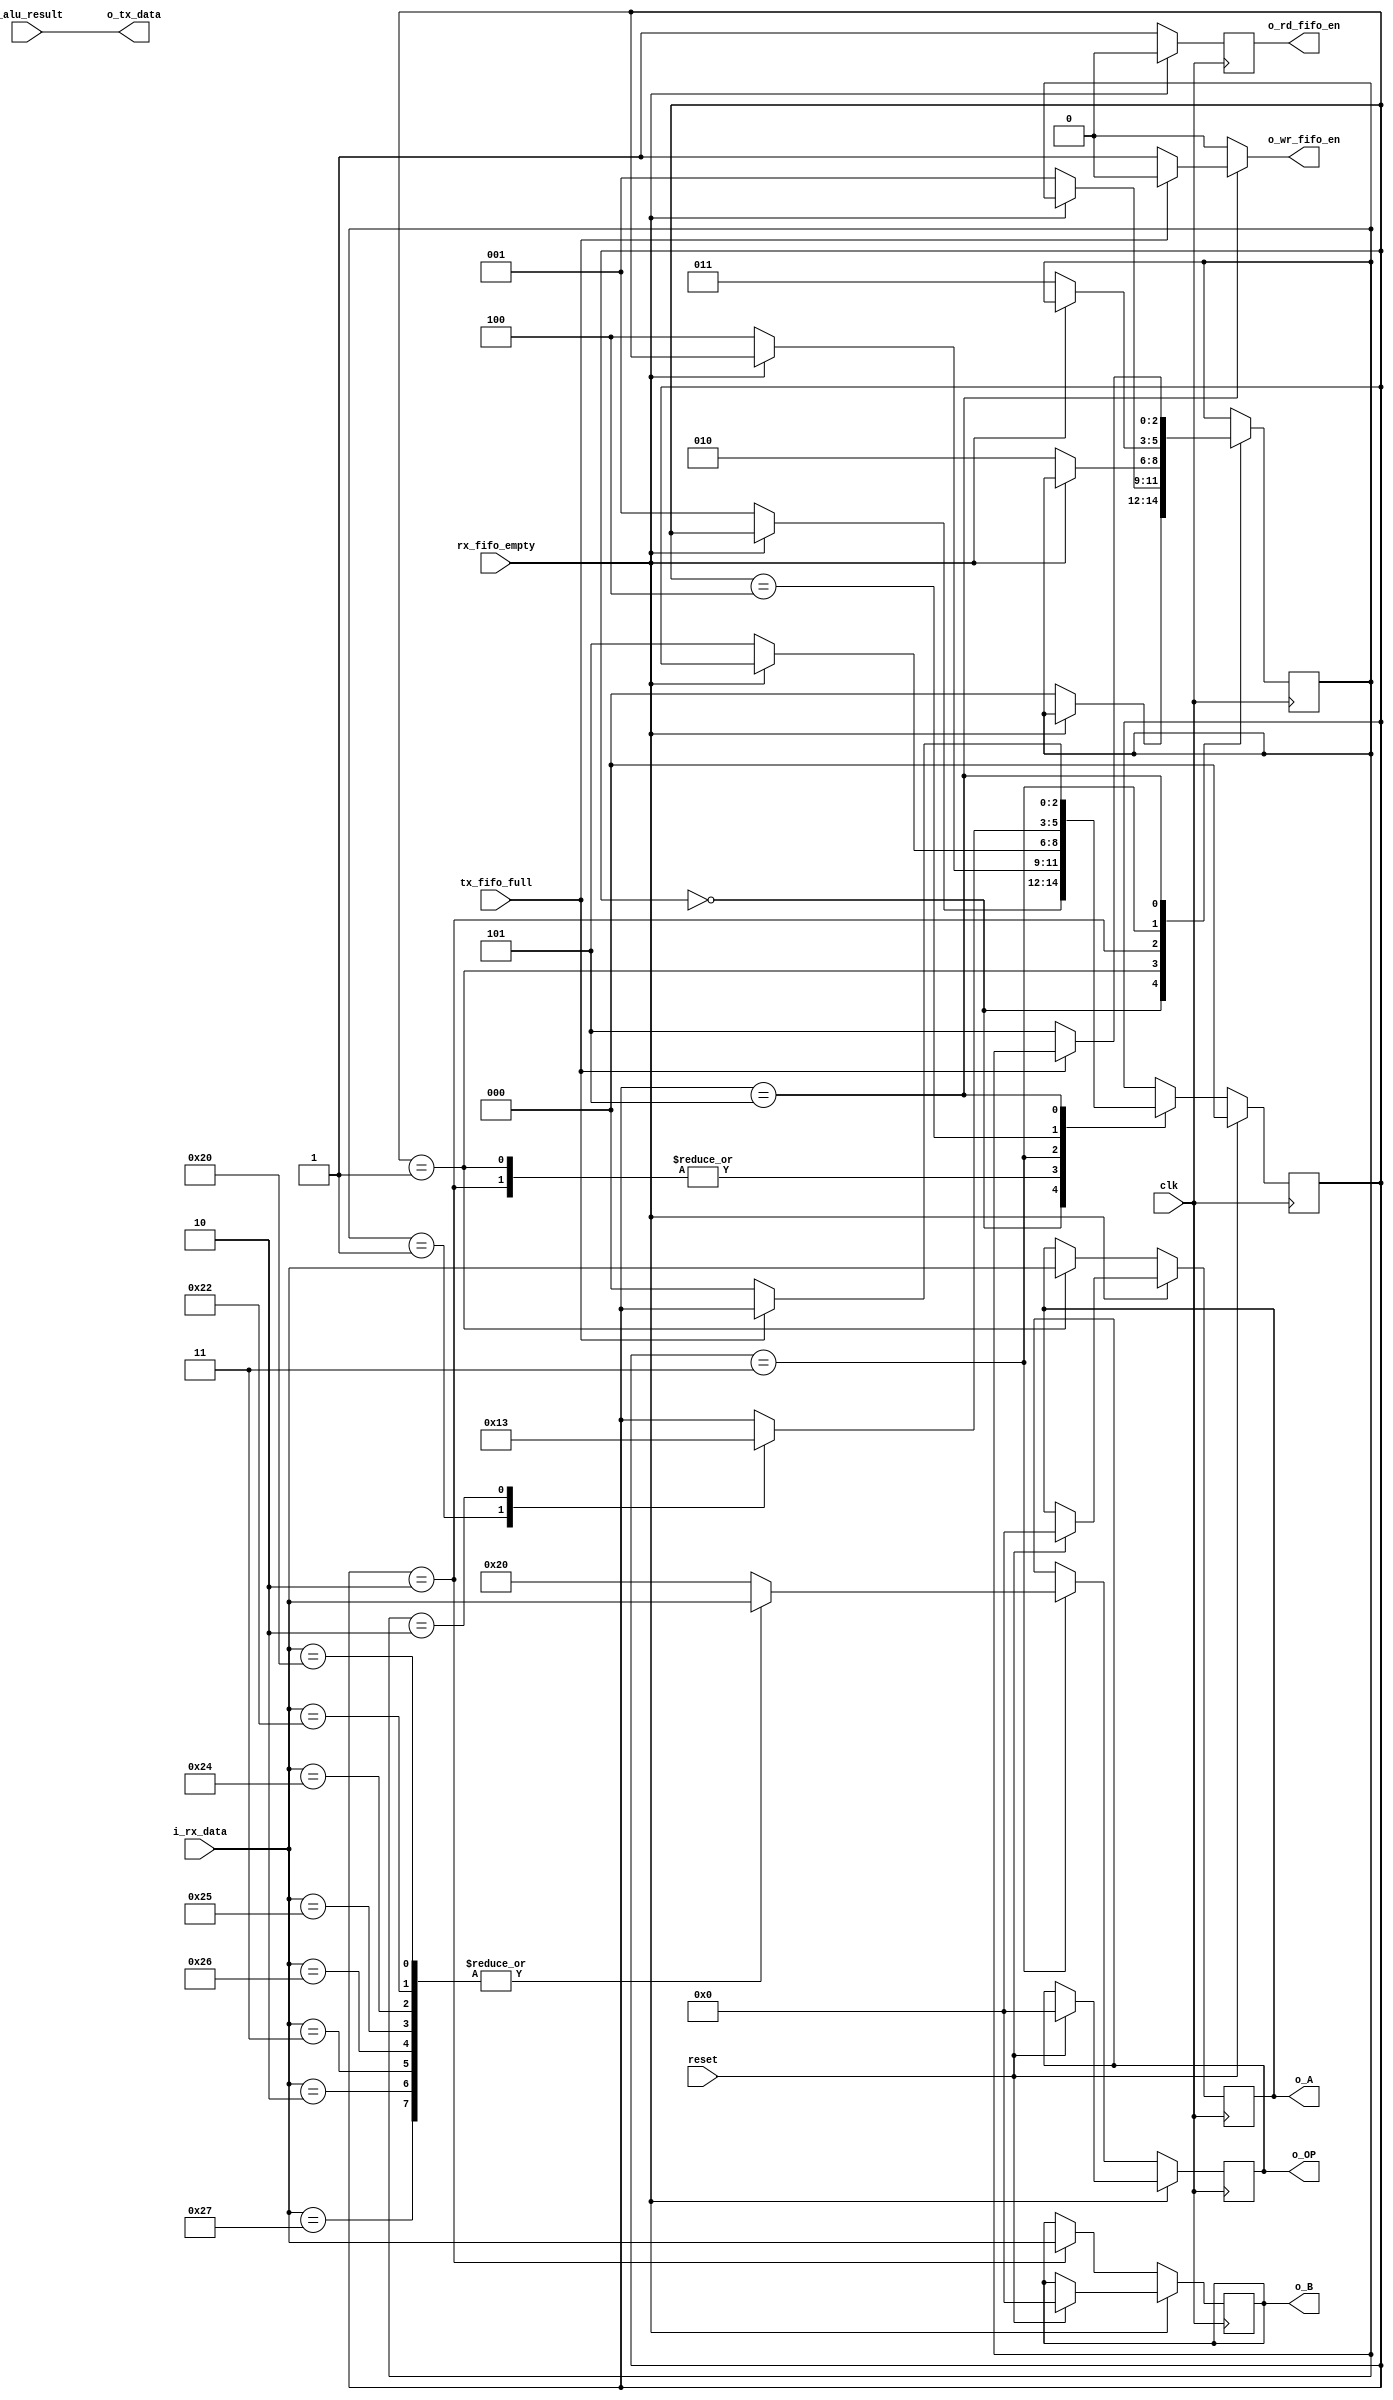
`timescale 1ns / 1ps


module interfaz
# (
    parameter INPUT_SIZE = 8
)(
    input clk, reset, rx_fifo_empty, tx_fifo_full,
    input [INPUT_SIZE - 1:0] i_rx_data, i_alu_result,
    output [INPUT_SIZE - 1:0] o_OP, o_A, o_B,
    output [INPUT_SIZE - 1:0] o_tx_data,
    output o_rd_fifo_en, o_wr_fifo_en
);

localparam [2:0]
    idle = 3'b000,
    A = 3'b001,
    B = 3'b010,
    OP = 3'b011,
    cycle = 3'b100,
    send = 3'b101;

reg [INPUT_SIZE - 1:0]  alu_a_data, alu_a_data_next, 
                        alu_b_data, alu_b_data_next,
                        alu_op_data, alu_op_data_next;
reg r_rd_en, r_wr_en;
reg [2:0] state_reg, state_next, state_last, state_last_next;

localparam OP_ADD = 8'b00100000;
localparam OP_SUB = 8'b00100010;
localparam OP_AND = 8'b00100100;
localparam OP_OR  = 8'b00100101;
localparam OP_XOR = 8'b00100110;
localparam OP_SRA = 8'b00000011;
localparam OP_SRL = 8'b00000010;
localparam OP_NOR = 8'b00100111;

always @(posedge clk)
    begin
        if (reset)
            begin
                alu_a_data <= {INPUT_SIZE - 1 {1'b0}};
                alu_b_data <= {INPUT_SIZE - 1 {1'b0}};
                alu_op_data <= {INPUT_SIZE - 1 {1'b0}};
                r_rd_en <= 1'b0;
                state_reg <= idle;
            end
        else
            state_reg <= state_next;
            state_last <= state_last_next;
            if (~rx_fifo_empty)
                begin
                    alu_a_data <= alu_a_data_next;
                    alu_b_data <= alu_b_data_next;
                    alu_op_data <= alu_op_data_next;
                    r_rd_en <= 1'b1;
                end
            else
                r_rd_en <= 1'b0;
    end

always @(*)
    begin        
        alu_a_data_next = alu_a_data;
        alu_b_data_next = alu_b_data;
        alu_op_data_next = alu_op_data;
        state_next = state_reg;
        state_last_next = state_last;
        r_wr_en = 1'b0;
        
        case (state_reg)
            idle:
                if (~rx_fifo_empty)
                begin
                    state_next = A;
                    state_last_next = idle;
                end
            A:
                if (~rx_fifo_empty)
                begin
                    alu_a_data_next = i_rx_data;
                    state_next = cycle;
                    state_last_next = A;
                end
            B:
                if (~rx_fifo_empty)
                begin
                    alu_b_data_next = i_rx_data;
                    state_next = cycle;
                    state_last_next = B;
                end
            OP:
                if (~rx_fifo_empty)
                begin
                    case (i_rx_data)
                        OP_ADD,
                        OP_SUB,
                        OP_AND,
                        OP_OR,
                        OP_XOR,
                        OP_SRA,
                        OP_SRL,
                        OP_NOR:
                            alu_op_data_next = i_rx_data; 
                        default:
                            alu_op_data_next = OP_ADD; 
                    endcase
                    state_next = send;
                    state_last_next = OP;
                end
            cycle:
                case (state_last)
                    A: state_next = B;
                    B: state_next = OP;
                endcase
            send:
                if (~tx_fifo_full)
                begin
                    r_wr_en = 1'b1;
                    state_next = idle;
                    state_last_next = send;
                end
        endcase
    end

assign o_tx_data = i_alu_result;
assign o_rd_fifo_en = r_rd_en;
assign o_wr_fifo_en = r_wr_en;
assign o_OP = alu_op_data;
assign o_A = alu_a_data;
assign o_B = alu_b_data;

endmodule